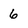
Character: 6